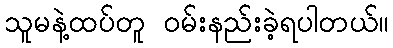
သူမနဲ့ထပ်တူ ဝမ်းနည်းခဲ့ရပါတယ်။